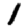
Digit: 1